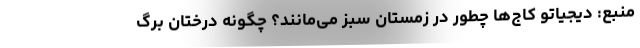
منبع: دیجیاتو کاج‌ها چطور در زمستان سبز می‌مانند؟ چگونه درختان برگ